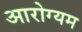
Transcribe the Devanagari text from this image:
आरोग्यम